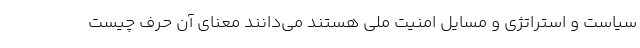
سیاست و استراتژی و مسایل امنیت ملی هستند می‌دانند معنای آن حرف چیست